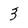
Character: 3